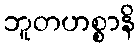
ဘူတဟစ္စာနိ